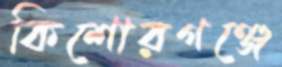
কিশোরগঞ্জে